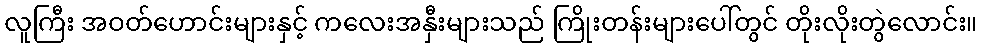
လူကြီး အဝတ်ဟောင်းများနှင့် ကလေးအနှီးများသည် ကြိုးတန်းများပေါ်တွင် တိုးလိုးတွဲလောင်း။